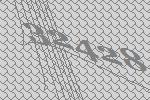
32428